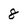
Character: 8